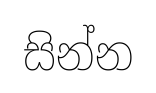
සින්න